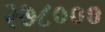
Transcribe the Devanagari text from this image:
२७८०००